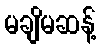
မချိမဆန့်